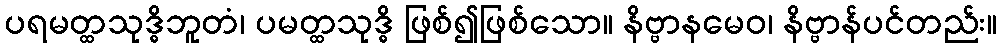
ပရမတ္ထသုဒ္ဓိဘူတံ၊ ပမတ္ထသုဒ္ဓိ ဖြစ်၍ဖြစ်သော။ နိဗ္ဗာနမေဝ၊ နိဗ္ဗာန်ပင်တည်း။